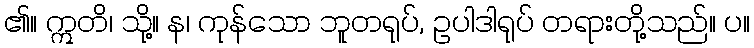
၏။ ဣတိ၊ သို့။ န၊ ကုန်သော ဘူတရုပ်, ဥပါဒါရုပ် တရားတို့သည်။ ပ။